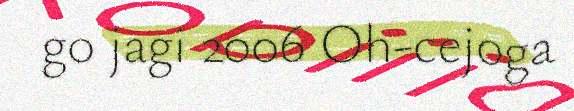
go jagi 2006 Oh-cejoga